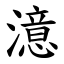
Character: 澺